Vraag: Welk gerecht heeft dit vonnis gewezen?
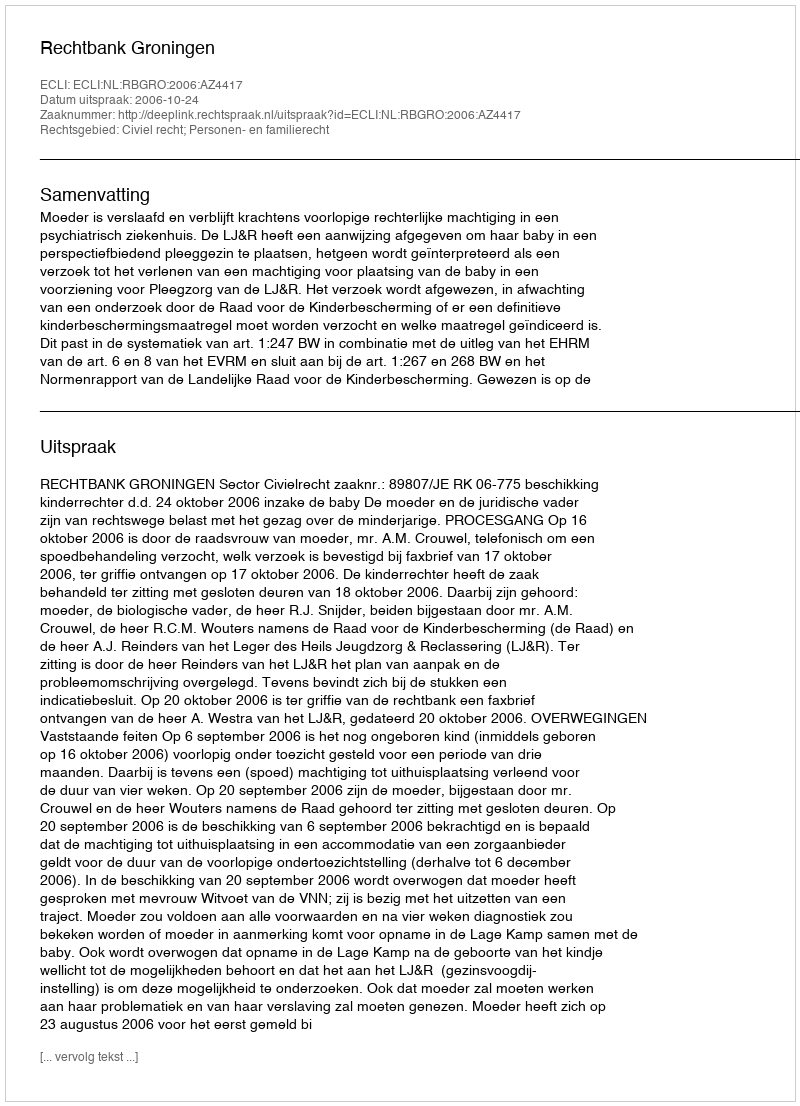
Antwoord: Rechtbank Groningen